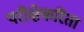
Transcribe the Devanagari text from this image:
परीक्षेकरिता